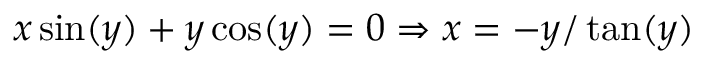
x \sin ( y ) + y \cos ( y ) = 0 \Rightarrow x = - y / \tan ( y )